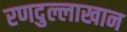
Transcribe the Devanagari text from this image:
रणदुल्लाखान